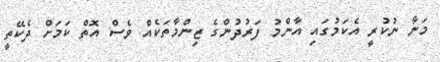
މަނާ ނުކުރީ އެކަމުގައި އާންމު ފަރުދުންގެ ޒިންމާތަކެއް ވެސް އޮތް ކަމަށް ދެކޭތީ